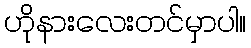
ဟိုနားလေးတင်မှာပါ။